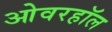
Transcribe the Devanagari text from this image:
ओवरहॉल